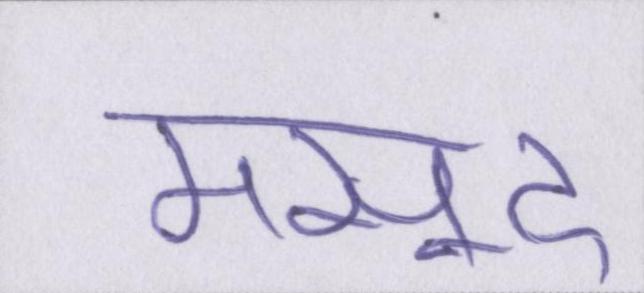
मसूद